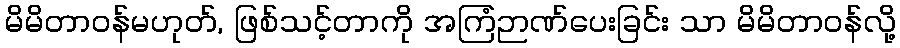
မိမိတာဝန်မဟုတ်, ဖြစ်သင့်တာကို အကြံဉာဏ်ပေးခြင်း သာ မိမိတာဝန်လို့